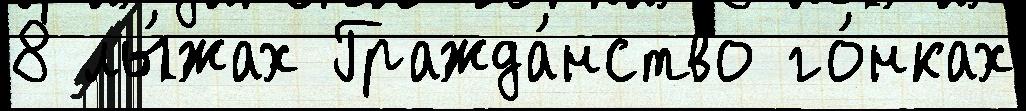
8 лы́жах Гражда́нство го́нках